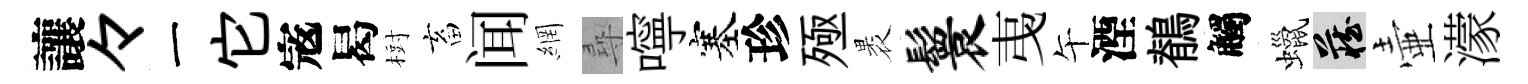
讓々一它𡨥曷𣗳畜闻網尋嚀塞珍殛褁鬟𢎯午湮鶺觸蠟藏壷濛